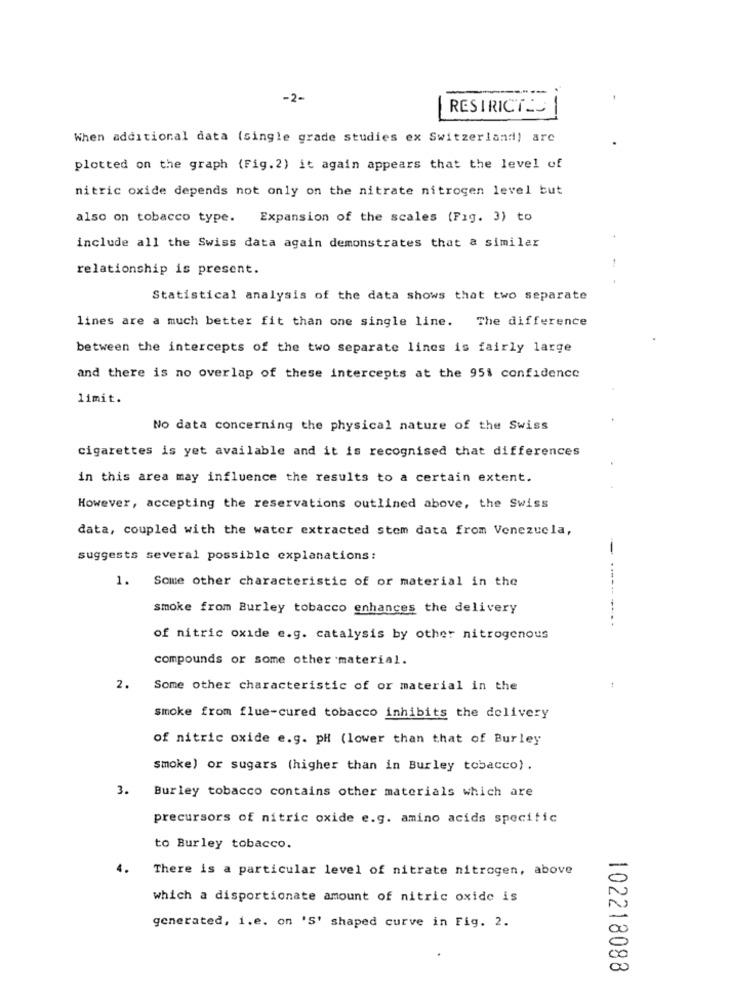
-2-
RESTRICTES
When additional data (single grade studies ex Switzerland) arc
plotted on the graph (Fig. 2) it again appears that the level of
nitric oxide depends not only on the nitrate nitrogen level but
also on tobacco type. Expansion of the scales (Fig. 3) to
include all the Swiss data again demonstrates that a similar
relationship is present.
Statistical analysis of the data shows that two separate
lines are a much better fit than one single line. The difference
between the intercepts of the two separate lines is fairly large
and there is no overlap of these intercepts at the 951 confidence
limit.
No data concerning the physical nature of the Swiss
cigarettes is yet available and it is recognised that differences
in this area may influence the results to a certain extent.
However, accepting the reservations outlined above, the Swiss
data, coupled with the water extracted stom data from Venezuela,
suggests several possible explanations:
1.
Some other characteristic of or material in the
smoke from Burley tobacco enhances the delivery
of nitric oxide e.g. catalysis by other nitrogenous
compounds or some other material.
2. Some other characteristic of or material in the
smoke from flue-cured tobacco inhibits the delivery
of nitric oxide e.g. pH (lower than that of Burley
smoke) or sugars (higher than in Burley tobacco) .
3. Burley tobacco contains other materials which are
precursors of nitric oxide e.g. amino acids specific
to Burley tobacco.
4.
There is a particular level of nitrate nitrogen, above
which a disportionate amount of nitric oxide is
generated, 1.e. on 'S' shaped curve in Fig. 2.
00
00
102218088